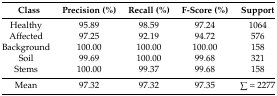
| Class | Precision (%) | Recall (%) | F-Score (%) | Support |
 | --- | --- | --- | --- | --- |
 | Healthy | 95.89 | 98.59 | 97.24 | 1064 |
 | Affected | 97.25 | 92.19 | 94.72 | 576 |
 | Background | 100.00 | 100.00 | 100.00 | 158 |
 | Soil | 99.69 | 100.00 | 99.68 | 321 |
 | Stems | 100.00 | 99.37 | 99.68 | 158 |
 | Mean | 97.32 | 97.32 | 97.35 | ∑ = 2277 |